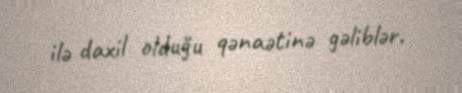
ilə daxil olduğu qənaətinə gəliblər.